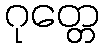
ဂုတ္တေ